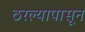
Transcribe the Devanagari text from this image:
ठरल्यापासून